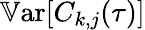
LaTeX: \mathbb{V}\textrm{ar}[C_{k,j}(\tau)]